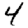
Digit: 4